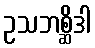
ဥသဘစ္ဆိဒါ